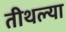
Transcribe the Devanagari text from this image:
तीथल्या